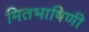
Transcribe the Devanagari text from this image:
मितभाषिणी